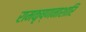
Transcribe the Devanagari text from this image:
रामकृष्णनाशारि